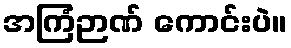
အကြံဉာဏ် ကောင်းပဲ။